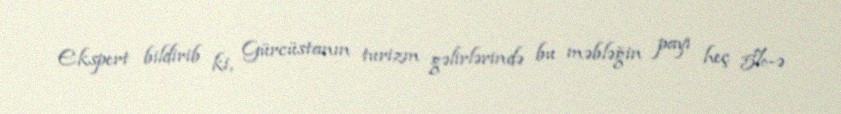
Ekspert bildirib ki, Gürcüstanın turizm gəlirlərində bu məbləğin payı heç 5%-ə